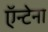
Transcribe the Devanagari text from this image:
ऍन्टेना